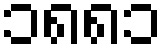
၁၈၈၁